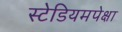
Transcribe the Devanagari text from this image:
स्टेडियमपेक्षा